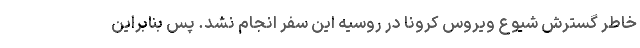
خاطر گسترش شیوع ویروس کرونا در روسیه این سفر انجام نشد. پس بنابراین